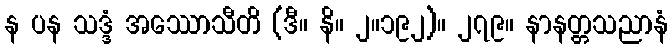
န ပန သဒ္ဒံ အဿောသီတိ (ဒီ။ နိ။ ၂။၁၉၂)။ ၂၇၉။ နာနတ္တသညာနံ